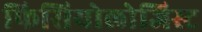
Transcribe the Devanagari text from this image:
फिसियोलोजिस्ट